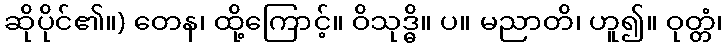
ဆိုပိုင်၏။) တေန၊ ထို့ကြောင့်။ ဝိသုဒ္ဓိ။ ပ။ မညာတိ၊ ဟူ၍။ ဝုတ္တံ၊